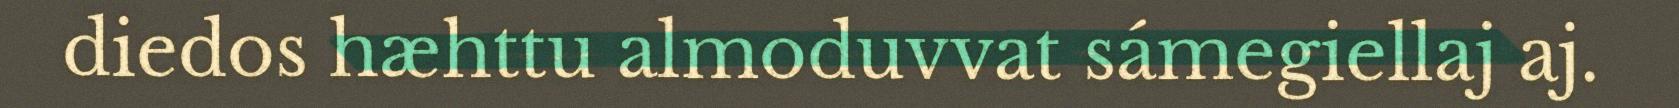
diedos hæhttu almoduvvat sámegiellaj aj.